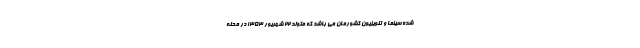
شده سینما و تلویزیون کشورمان می باشد که متولد 22 شهریور 1353 در محله